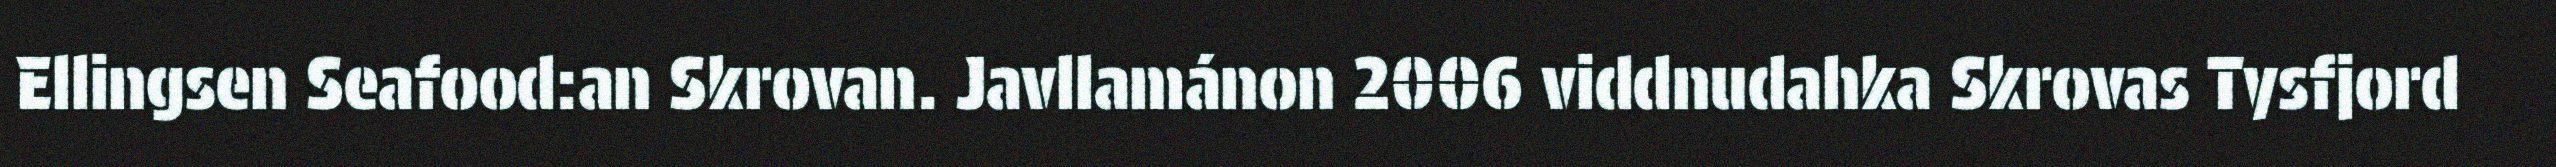
Ellingsen Seafood:an Skrovan. Javllamánon 2006 viddnudahka Skrovas Tysfjord